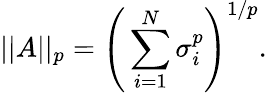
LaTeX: \vert\vert A\vert\vert_{p}=\Bigg(\sum_{i=1}^{N}\sigma_{i}^{p}\Bigg)^{1/p}.